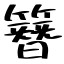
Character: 簪